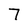
Character: 7